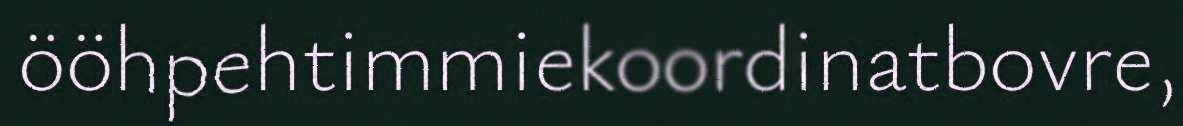
ööhpehtimmiekoordinatbovre,